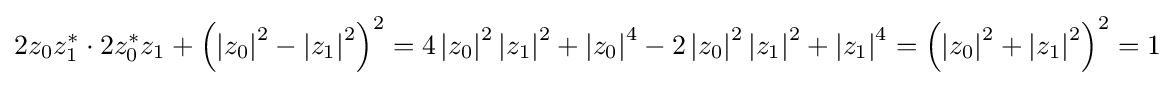
2z_{0}z_{1}^{\ast }\cdot 2z_{0}^{\ast }z_{1}+\left(\left|z_{0}\right|^{2}-\left|z_{1}\right|^{2}\right)^{2}=4\left|z_{0}\right|^{2}\left|z_{1}\right|^{2}+\left|z_{0}\right|^{4}-2\left|z_{0}\right|^{2}\left|z_{1}\right|^{2}+\left|z_{1}\right|^{4}=\left(\left|z_{0}\right|^{2}+\left|z_{1}\right|^{2}\right)^{2}=1